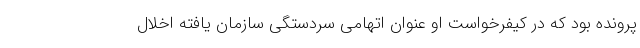
پرونده بود که در کیفرخواست او عنوان اتهامی سردستگی سازمان یافته اخلال